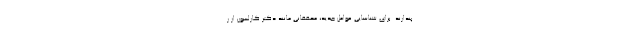
پندارند. برای شناسایی عوامل جدید، محققانی مانند دکتر کارلسون از ر